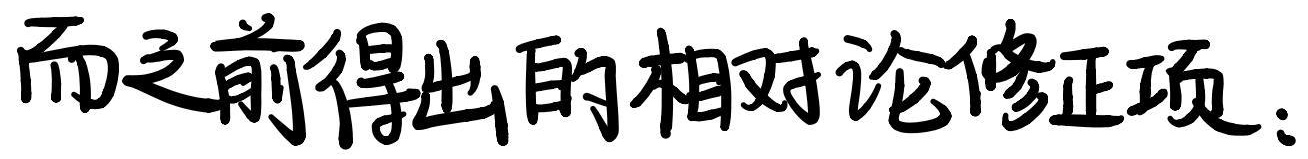
而之前得出的相对论修正项：